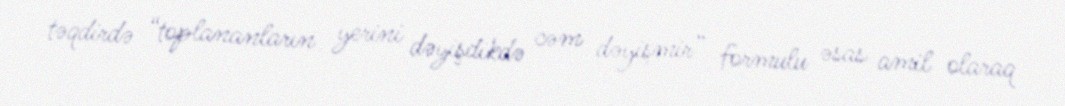
təqdirdə “toplananların yerini dəyişdikdə cəm dəyişmir” formulu əsas amil olaraq